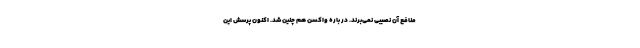
منافع آن نصیبی نمی‌برند. در باره واکسن هم چنین شد. اکنون پرسش این